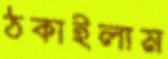
ঠকাইলাম